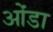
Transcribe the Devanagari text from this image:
ओंडा